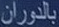
بالدوران